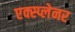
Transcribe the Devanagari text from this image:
एक्स्प्लेनर